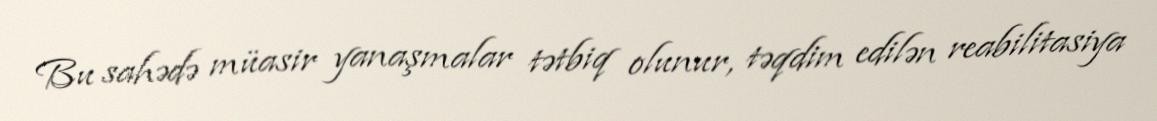
Bu sahədə müasir yanaşmalar tətbiq olunur, təqdim edilən reabilitasiya